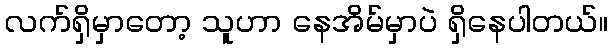
လက်ရှိမှာတော့ သူဟာ နေအိမ်မှာပဲ ရှိနေပါတယ်။